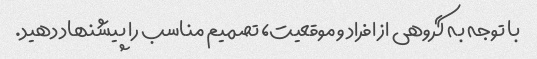
با توجه به گروهی از افراد و موقعیت، تصمیم مناسب را پیشنهاد دهید.